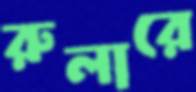
রুলারে